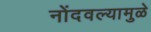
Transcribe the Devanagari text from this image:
नोंदवल्यामुळे